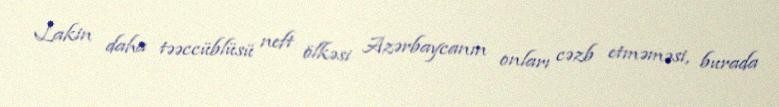
Lakin daha təəccüblüsü neft ölkəsi Azərbaycanın onları cəzb etməməsi, burada